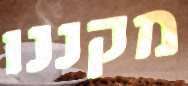
מקננו